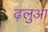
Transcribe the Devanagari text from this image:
ढ़लुआ